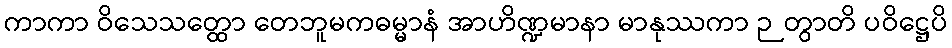
ကာကာ ဝိသေသတ္ထော တေဘူမကဓမ္မာနံ အာဟိဏ္ဍမာနာ မာနုဿကာ ဉတွာတိ ပဝိဋ္ဌေပိ